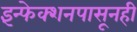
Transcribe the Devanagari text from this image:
इंन्फेक्शनपासूनही